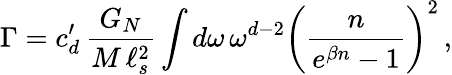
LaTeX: \Gamma=c_{d}^{\prime}\, \frac{G_{N}}{M\, \ell_{s}^{2}}\int d\omega\, \omega^{d-2}\left(\frac{n}{e^{\beta n}-1}\right)^{2}\, ,